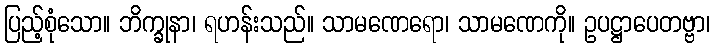
ပြည့်စုံသော။ ဘိက္ခုနာ၊ ရဟန်းသည်။ သာမဏေရော၊ သာမဏေကို။ ဥပဋ္ဌာပေတဗ္ဗာ၊